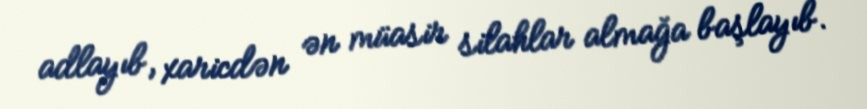
adlayıb, xaricdən ən müasir silahlar almağa başlayıb.